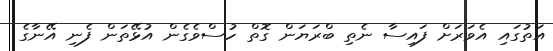
އަތުގައި އެވަރަށް ފައިސާ ނެތި ބްރަޔަން ގޮތް ހުސްވެގެން އުޅޭތަން ފެނި އޭނާގެ